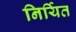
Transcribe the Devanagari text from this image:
निर्यित